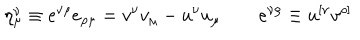
\eta _ { \mu } ^ { \nu } \equiv e ^ { \nu \rho } e _ { \rho \mu } = v ^ { \nu } v _ { \mu } - u ^ { \nu } u _ { \mu } \qquad e ^ { \nu \rho } \equiv u ^ { [ \nu } v ^ { \rho ] }